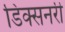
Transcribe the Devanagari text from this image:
डिक्सनरी